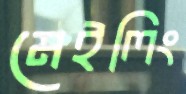
মেইলিং